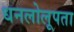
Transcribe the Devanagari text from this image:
धनलोलूपता